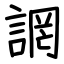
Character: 誷